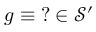
g \equiv \operatorname { \mathrm { ? } } \in { \mathcal { S } } ^ { \prime }